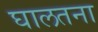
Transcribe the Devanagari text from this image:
घालतना